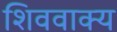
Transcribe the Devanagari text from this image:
शिववाक्य